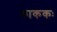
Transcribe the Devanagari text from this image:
काककः